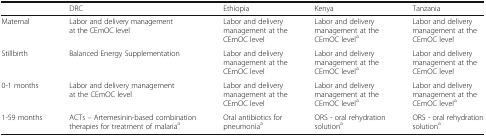
<table><thead><tr><td></td><td><b>DRC</b></td><td><b>Ethiopia</b></td><td><b>Kenya</b></td><td><b>Tanzania</b></td></tr></thead><tbody><tr><td>Maternal</td><td>Labor and delivery management at the CEmOC level</td><td>Labor and delivery management at the CEmOC level</td><td>Labor and delivery management at the CEmOC level<sup>a</sup></td><td>Labor and delivery management at the CEmOC level</td></tr><tr><td>Stillbirth</td><td>Balanced Energy Supplementation</td><td>Labor and delivery management at the CEmOC level</td><td>Labor and delivery management at the CEmOC level<sup>a</sup></td><td>Labor and delivery management at the CEmOC level</td></tr><tr><td>0-1 months</td><td>Labor and delivery management at the CEmOC level</td><td>Labor and delivery management at the CEmOC level</td><td>Labor and delivery management at the CEmOC level<sup>a</sup></td><td>Labor and delivery management at the CEmOC level<sup>a</sup></td></tr><tr><td>1-59 months</td><td>ACTs – Artemesinin-based combination therapies for treatment of malaria<sup>a</sup></td><td>Oral antibiotics for pneumonia<sup>a</sup></td><td>ORS - oral rehydration solution<sup>a</sup></td><td>ORS - oral rehydration solution<sup>a</sup></td></tr></tbody></table>